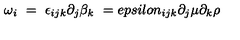
\omega _ { i } \ = \ \epsilon _ { i j k } \partial _ { j } \beta _ { k } \ = e p s i l o n _ { i j k } \partial _ { j } \mu \partial _ { k } \rho